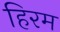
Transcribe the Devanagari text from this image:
हिरम